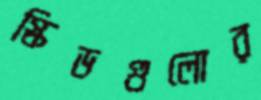
স্কিডগুলোর